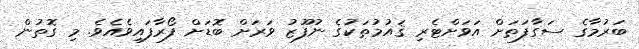
ބަރުމާގެ ސަގާފަތަށް އަވަށްޓެރި ޤައުމުތަކުގެ ނުފޫޒު ވަރަށް ބޮޑަށް ފޯރާފައިވެއެވެ. މި ގޮތުން